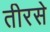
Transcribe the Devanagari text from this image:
तीरसे